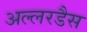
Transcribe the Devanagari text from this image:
अल्लरडैस